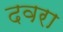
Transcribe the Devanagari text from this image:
दवरा